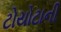
ટોયોટાની